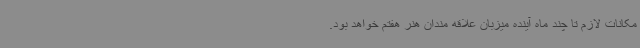
مکانات لازم تا چند ماه آینده میزبان علاقه مندان هنر هفتم خواهد بود.